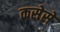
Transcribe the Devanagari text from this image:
कसेसे